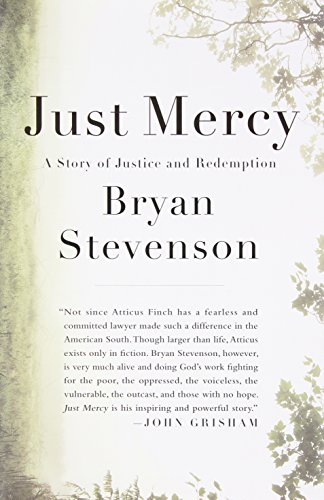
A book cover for Just Mercy: A Story of Justice and Redemption; Bryan Stevenson; Biographies & Memoirs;